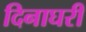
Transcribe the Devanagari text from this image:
दिनाघरी